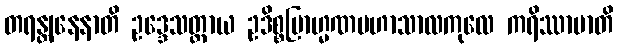
တရန္တျနေနာတိ ဥဒ္ဒေသတ္ထာယ ဥဒိစ္စဗြာဟ္မဏမဟာသာလကုလေ ကရိဿာမာတိ